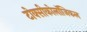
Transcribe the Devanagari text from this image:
टोक्सीकोलॉजिकल